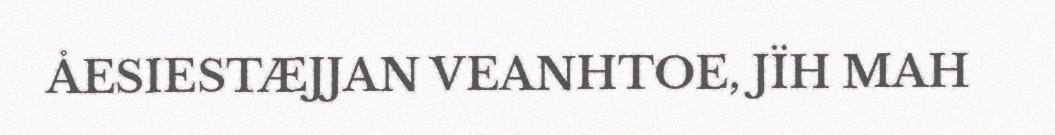
ÅESIESTÆJJAN VEANHTOE, JÏH MAH